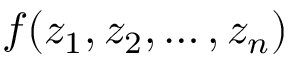
f ( z _ { 1 } , z _ { 2 } , \ldots , z _ { n } )